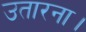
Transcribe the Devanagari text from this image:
उतारना।